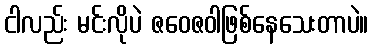
ငါလည်း မင်းလိုပဲ ဇဝေဇဝါဖြစ်နေသေးတာပဲ။